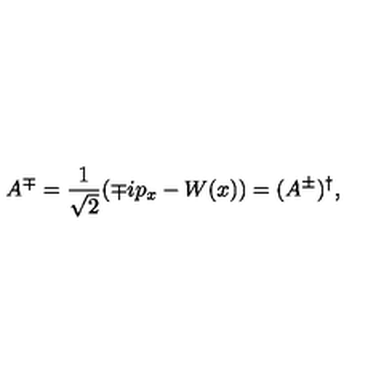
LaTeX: A ^ { \mp } = \frac { 1 } { \sqrt { 2 } } ( \mp i p _ { x } - W ( x ) ) = ( A ^ { \pm } ) ^ { \dagger } ,